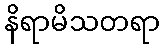
နိရာမိသတရာ